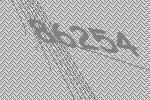
86254